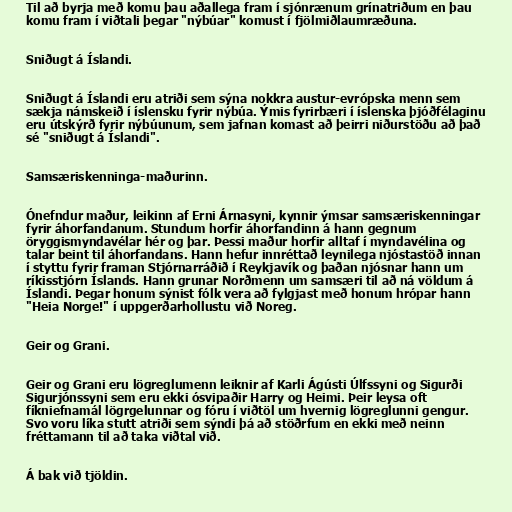
Til að byrja með komu þau aðallega fram í sjónrænum grínatriðum en þau
komu fram í viðtali þegar "nýbúar" komust í fjölmiðlaumræðuna.

Sniðugt á Íslandi.

Sniðugt á Íslandi eru atriði sem sýna nokkra austur-evrópska menn sem
sækja námskeið í íslensku fyrir nýbúa. Ýmis fyrirbæri í íslenska þjóðfélaginu
eru útskýrð fyrir nýbúunum, sem jafnan komast að þeirri niðurstöðu að það
sé "sniðugt á Íslandi".

Samsæriskenninga-maðurinn.

Ónefndur maður, leikinn af Erni Árnasyni, kynnir ýmsar samsæriskenningar
fyrir áhorfandanum. Stundum horfir áhorfandinn á hann gegnum
öryggismyndavélar hér og þar. Þessi maður horfir alltaf í myndavélina og
talar beint til áhorfandans. Hann hefur innréttað leynilega njóstastöð innan
í styttu fyrir framan Stjórnarráðið í Reykjavík og þaðan njósnar hann um
ríkisstjórn Íslands. Hann grunar Norðmenn um samsæri til að ná völdum á
Íslandi. Þegar honum sýnist fólk vera að fylgjast með honum hrópar hann
"Heia Norge!" í uppgerðarhollustu við Noreg.

Geir og Grani.

Geir og Grani eru lögreglumenn leiknir af Karli Ágústi Úlfssyni og Sigurði
Sigurjónssyni sem eru ekki ósvipaðir Harry og Heimi. Þeir leysa oft
fíkniefnamál lögrgelunnar og fóru í viðtöl um hvernig lögreglunni gengur.
Svo voru líka stutt atriði sem sýndi þá að stöðrfum en ekki með neinn
fréttamann til að taka viðtal við.

Á bak við tjöldin.